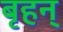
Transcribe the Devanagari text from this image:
बृहन्